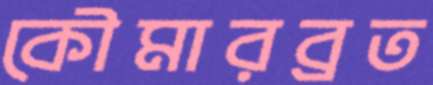
কৌমারব্রত